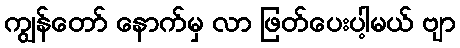
ကျွန်တော် နောက်မှ လာ ဖြတ်ပေးပါ့မယ် ဗျာ